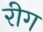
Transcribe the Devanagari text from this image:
रीग